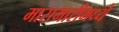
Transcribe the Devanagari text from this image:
मारामारीमध्ये